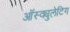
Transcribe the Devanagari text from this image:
ऑस्क्युलेटिग